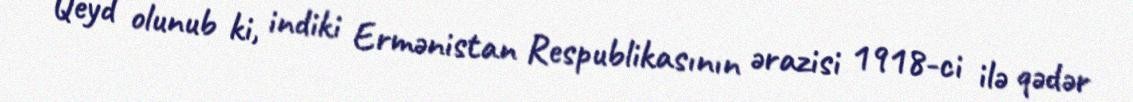
Qeyd olunub ki, indiki Ermənistan Respublikasının ərazisi 1918-ci ilə qədər